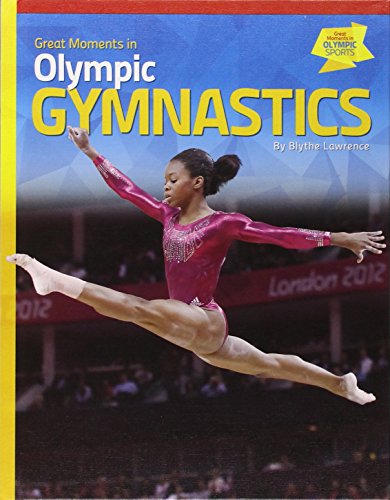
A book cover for Great Moments in Olympic Gymnastics (Great Moments in Olympic Sports); Blythe Lawrence; Children's Books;